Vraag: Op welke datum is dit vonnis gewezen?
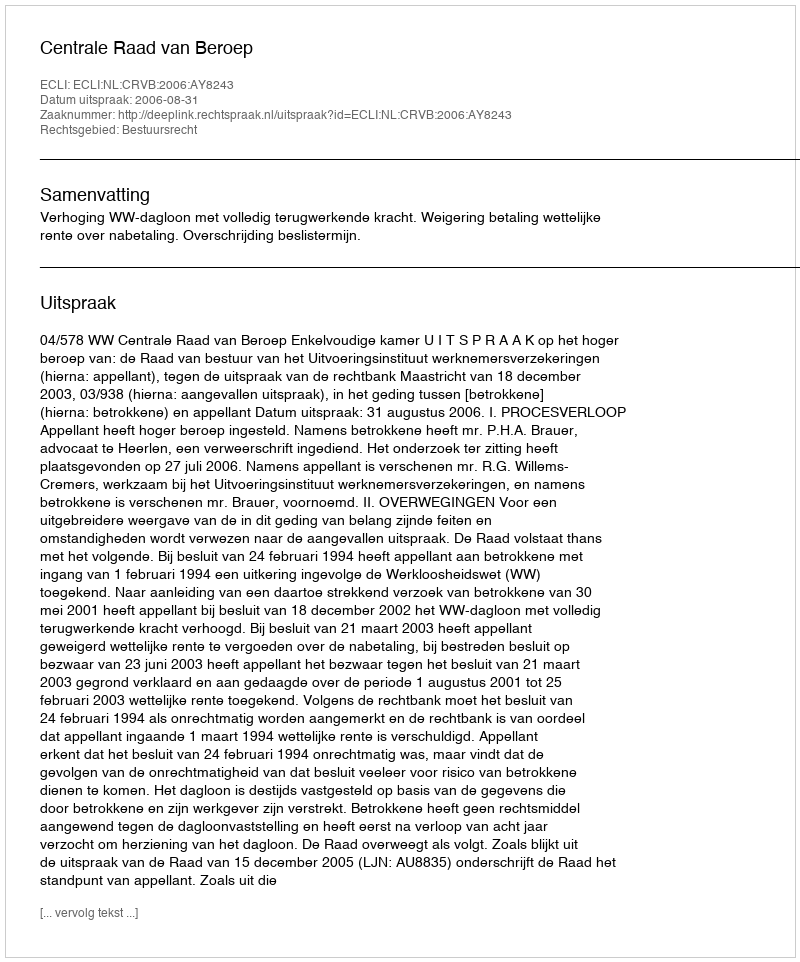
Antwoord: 2006-08-31